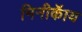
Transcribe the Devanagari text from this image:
मिनीकॅाय